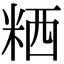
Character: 粞